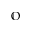
\mathbb { O }